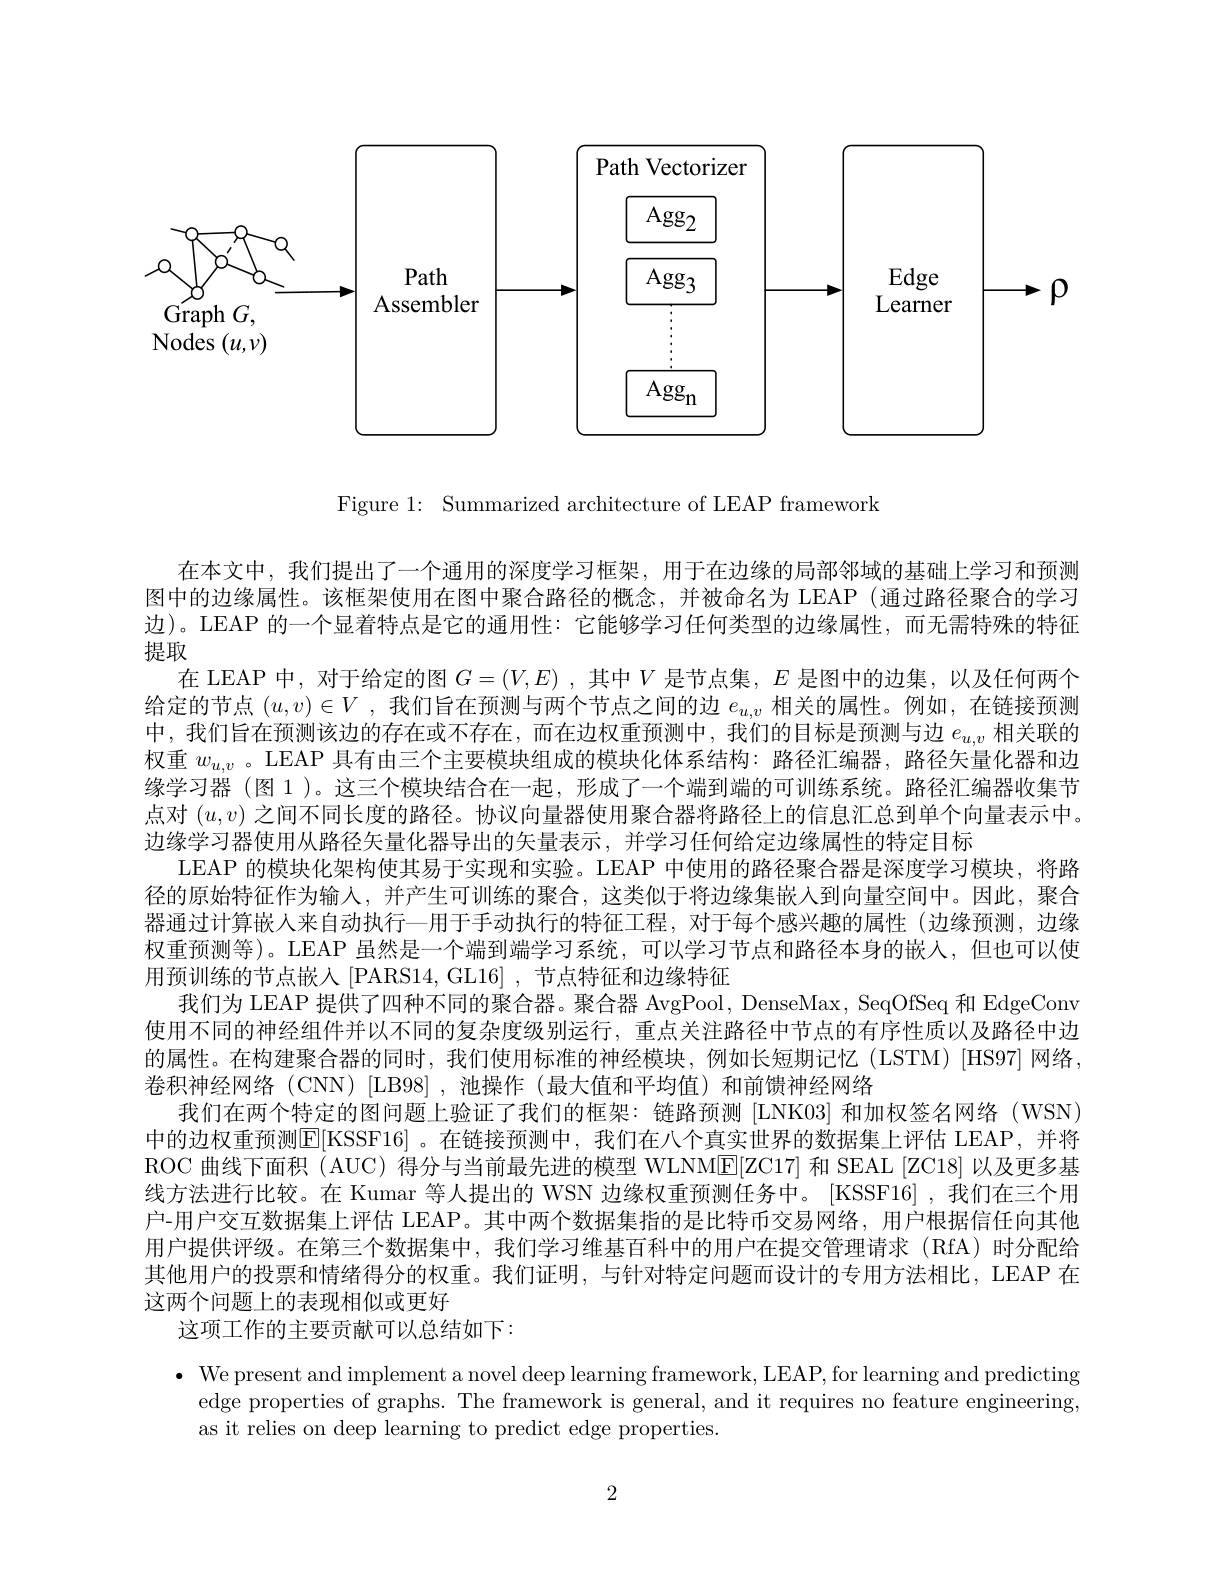
<FigureHere>

Figure 1: Summarized architecture of LEAP framework

在本文中，我们提出了一个通用的深度学习框架，用于在边缘的局部邻域的基础上学习和预测图中的边缘属性。该框架使用在图中聚合路径的概念，并被命名为 LEAP (通过路径聚合的学习边)。LEAP 的一个显着特点是它的通用性：它能够学习任何类型的边缘属性，而无需特殊的特征提取
在 LEAP 中，对于给定的图$G=(V,E)$ ,其中$V$是节点集，$E$是图中的边集，以及任何两个给定的节点$(u,v)\in V$ ,我们旨在预测与两个节点之间的边$e_u,v$相关的属性。例如，在链接预测中，我们旨在预测该边的存在或不存在，而在边权重预测中，我们的目标是预测与边$e_u,v$相关联的权重$w_{u,v}$ 。LEAP 具有由三个主要模块组成的模块化体系结构：路径汇编器，路径矢量化器和边缘学习器 (图 1 )。这三个模块结合在一起，形成了一个端到端的可训练系统。路径汇编器收集节点对$(u,v)$之间不同长度的路径。协议向量器使用聚合器将路径上的信息汇总到单个向量表示中。边缘学习器使用从路径矢量化器导出的矢量表示，并学习任何给定边缘属性的特定目标
LEAP 的模块化架构使其易于实现和实验。LEAP 中使用的路径聚合器是深度学习模块，将路径的原始特征作为输入，并产生可训练的聚合，这类似于将边缘集嵌入到向量空间中。因此，聚合器通过计算嵌人来自动执行一用于手动执行的特征工程，对于每个感兴趣的属性 (边缘预测，边缘权重预测等)。LEAP 虽然是一个端到端学习系统，可以学习节点和路径本身的嵌入，但也可以使用预训练的节点嵌入[PARS14,GL16],节点特征和边缘特征
我们为 LEAP 提供了四种不同的聚合器。聚合器 AvgPool, DenseMax, SeqOfSeq 和 EdgeConv 使用不同的神经组件并以不同的复杂度级别运行，重点关注路径中节点的有序性质以及路径中边的属性。在构建聚合器的同时，我们使用标准的神经模块，例如长短期记忆(LSTM)[HS97]网络， 卷积神经网络 (CNN) [LB98],池操作 (最大值和平均值) 和前馈神经网络
我们在两个特定的图问题上验证了我们的框架：链路预测 [LNK03]和加权签名网络 (WSN) 中的边权重预测E[KSSF16] 。在链接预测中，我们在八个真实世界的数据集上评估 LEAP,并将ROC 曲线下面积 (AUC) 得分与当前最先进的模型 WLNM[E[ZC17] 和 SEAL [ZC18] 以及更多基线方法进行比较。在 Kumar 等人提出的 WSN 边缘权重预测任务中。[KSSF16] ,我们在三个用户-用户交互数据集上评估 LEAP。其中两个数据集指的是比特币交易网络，用户根据信任向其他用户提供评级。在第三个数据集中，我们学习维基百科中的用户在提交管理请求(RfA)时分配给其他用户的投票和情绪得分的权重。我们证明，与针对特定问题而设计的专用方法相比，LEAP 在这两个问题上的表现相似或更好
这项工作的主要贡献可以总结如下：
$\bullet$ We present and implement a novel deep learning framework, LEAP, for learning and predicting

edge properties of graphs. The framework is general, and it requires no feature engineering,

as it relies on deep learning to predict edge properties.

2